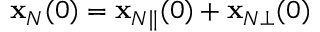
{ \bf x } _ { N } ( 0 ) = { \bf x } _ { N \Vert } ( 0 ) + { \bf x } _ { N \bot } ( 0 )